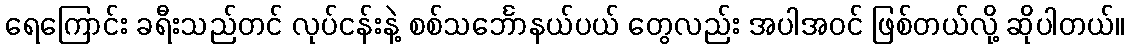
ရေကြောင်း ခရီးသည်တင် လုပ်ငန်းနဲ့ စစ်သင်္ဘောနယ်ပယ် တွေလည်း အပါအဝင် ဖြစ်တယ်လို့ ဆိုပါတယ်။